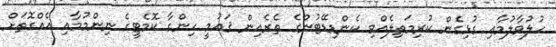
ހުލުވާލުމާއި ގުޅިގެން ކުރިމަތިލެއްވި ކެންޑިޑޭޓުންގެ ތެރެއިން ޤައުމީ ހިންގާ ކޮމެޓީގެ ނިންމުމާއި އެއްގޮތަށް